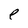
Character: e